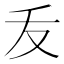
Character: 叐